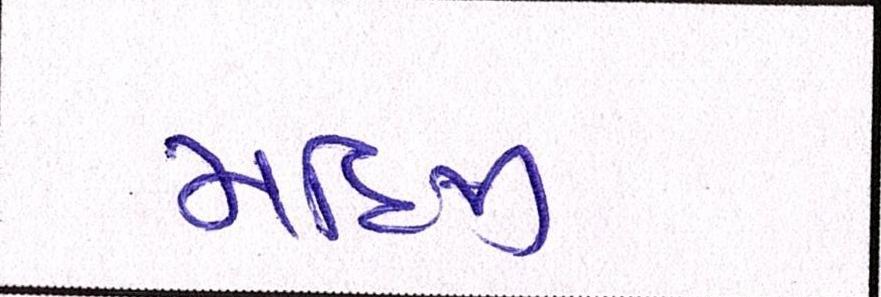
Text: મહિજી